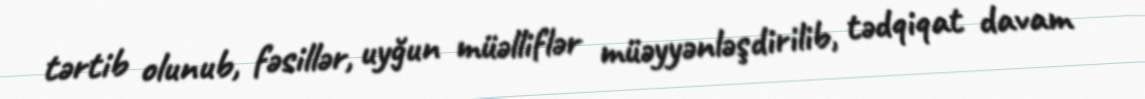
tərtib olunub, fəsillər, uyğun müəlliflər müəyyənləşdirilib, tədqiqat davam